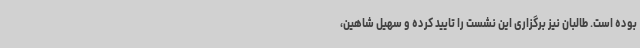
بوده است. طالبان نیز برگزاری این نشست را تایید کرده و سهیل شاهین،